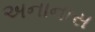
અનાનાસ